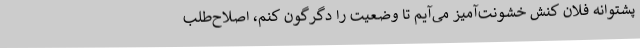
پشتوانه فلان کنش خشونت‌آمیز می‌آیم تا وضعیت را دگرگون کنم، اصلاح‌طلبِ